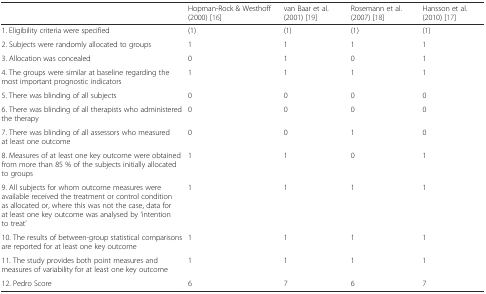
|  | Hopman-Rock & Westhoff (2000) [16] | van Baar et al. (2001) [19] | Rosemann et al. (2007) [18] | Hansson et al. (2010) [17] |
 | --- | --- | --- | --- | --- |
 | 1. Eligibility criteria were specified | (1) | (1) | (1) | (1) |
 | 2. Subjects were randomly allocated to groups | 1 | 1 | 1 | 1 |
 | 3. Allocation was concealed | 0 | 1 | 0 | 1 |
 | 4. The groups were similar at baseline regarding the most important prognostic indicators | 1 | 1 | 1 | 1 |
 | 5. There was blinding of all subjects | 0 | 0 | 0 | 0 |
 | 6. There was blinding of all therapists who administered the therapy | 0 | 0 | 0 | 0 |
 | 7. There was blinding of all assessors who measured at least one outcome | 0 | 0 | 1 | 0 |
 | 8. Measures of at least one key outcome were obtained from more than 85 % of the subjects initially allocated to groups | 1 | 1 | 0 | 1 |
 | 9. All subjects for whom outcome measures were available received the treatment or control condition as allocated or, where this was not the case, data for at least one key outcome was analysed by ‘intention to treat’ | 1 | 1 | 1 | 1 |
 | 10. The results of between-group statistical comparisons are reported for at least one key outcome | 1 | 1 | 1 | 1 |
 | 11. The study provides both point measures and measures of variability for at least one key outcome | 1 | 1 | 1 | 1 |
 | 12. Pedro Score | 6 | 7 | 6 | 7 |